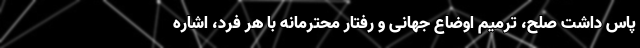
پاس داشت صلح، ترمیم اوضاع جهانی و رفتار محترمانه با هر فرد، اشاره